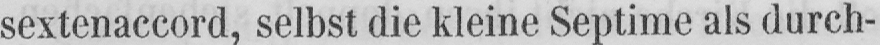
sextenaccord, selbst die kleine Septime als durch-